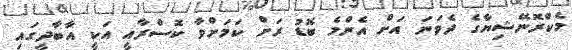
މެކްރޮނޭޝިޔާގެ ދެވަނަ އަށް އެންމެ ބޮޑު ރަށް ކަމަށްވާ ކޮސްރާއީ އަކީ އާބާދީގައި